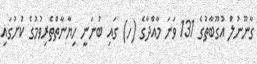
ގާނޫނުލް އުގޫބާތުގެ 131 ވަނަ މާއްދާގެ (ހ) ގައި ބުނަނީ ހިޔާނާތްތެރިވުމުގެ ކުށުގައި